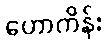
ဟောကိန်း